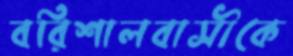
বরিশালবাসীকে